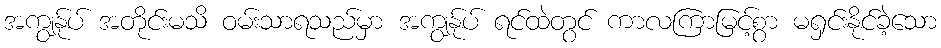
အကျွန်ုပ် အတိုင်းမသိ ဝမ်းသာရသည်မှာ အကျွန်ုပ် ရင်ထဲတွင် ကာလကြာမြင့်စွာ မရှင်းနိုင်ခဲ့သော